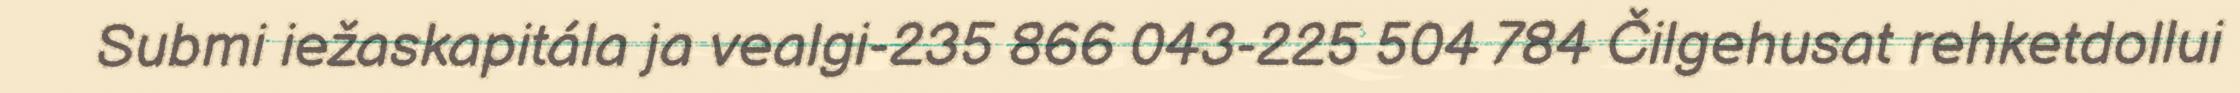
Submi iežaskapitála ja vealgi-235 866 043-225 504 784 Čilgehusat rehketdollui